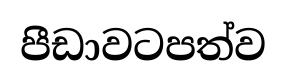
පීඩාවටපත්ව